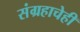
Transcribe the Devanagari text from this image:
संग्रहाचेही